Report on vaccination in the Province of Bengal - 1869-1873
Year: 1869
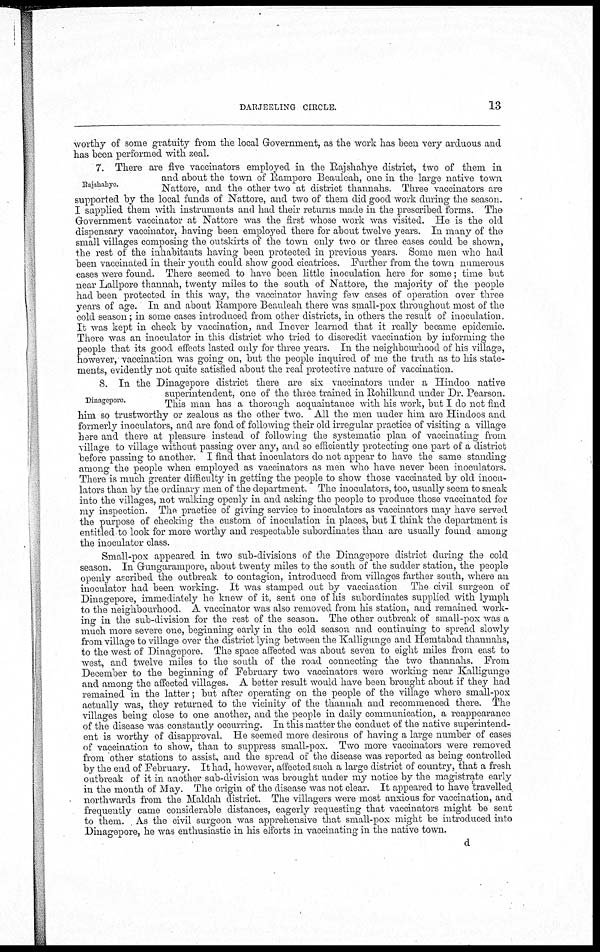
DARJEELING CIRCLE.
13
worthy of some gratuity from the local Government, as the work has been very arduous and
has been performed with zeal.
Rajshahye.
7. There are five vaccinators employed in the Rajshahye district, two of them in
and about the town of Rampore Beauleah, one in the large native town
Nattore, and the other two at district thannahs. Three vaccinators are
supported by the local funds of Nattore, and two of them did good work during the season.
I supplied them with instruments and had their returns made in the prescribed forms. The
Government vaccinator at Nattore was the first whose work was visited. He is the old
dispensary vaccinator, having been employed there for about twelve years. In many of the
small villages composing the outskirts of the town only two or three cases could be shown,
the rest of the inhabitants having been protected in previous years. Some men who had
been vaccinated in their youth could show good cicatrices. Further from the town numerous
cases were found. There seemed to have been little inoculation here for some; time but
near Lallpore thannah, twenty miles to the south of Nattore, the majority of the people
had been protected in this way, the vaccinator having few cases of operation over three
years of age. In and about Rampore Beauleah there was small-pox throughout most of the
cold season; in some cases introduced from other districts, in others the result of inoculation.
It was kept in check by vaccination, and Inever learned that it really became epidemic.
There was an inoculator in this district who tried to discredit vaccination by informing the
people that its good effects lasted only for three years. In the neighbourhood of his village,
however, vaccination was going on, but the people inquired of me the truth as to his state-
ments, evidently not quite satisfied about the real protective nature of vaccination.
Dinagepore.
8. In the Dinagepore district there are six vaccinators under a Hindoo native
superintendent, one of the three trained in Rohilkund under Dr. Pearson.
This man has a thorough acquaintance with his work, but I do not find
him so trustworthy or zealous as the other two. All the men under him are Hindoos and
formerly inoculators, and are fond of following their old irregular practice of visiting a village
here and there at pleasure instead of following the systematic plan of vaccinating from
village to village without passing over any, and so efficiently protecting one part of a district
before passing to another. I find that inoculators do not appear to have the same standing
among the people when employed as vaccinators as men who have never been inoculators.
There is much greater difficulty in getting the people to show those vaccinated by old inocu-
lators than by the ordinary men of the department. The inoculators, too, usually seem to sneak
into the villages, not walking openly in and asking the people to produce those vaccinated for
my inspection. The practice of giving service to inoculators as vaccinators may have served
the purpose of checking the custom of inoculation in places, but I think the department is
entitled to look for more worthy and respectable subordinates than are usually found among
the inoculator class.
Small-pox appeared in two sub-divisions of the Dinagepore district during the cold
season. In Gungarampore, about twenty miles to the south of the sudder station, the people
openly ascribed the outbreak to contagion, introduced from villages farther south, where an
inoculator had been working. It was stamped out by vaccination The civil surgeon of
Dinagepore, immediately he knew of it, sent one of his subordinates supplied with lymph
to the neighbourhood. A vaccinator was also removed from his station, and remained work-
ing in the sub-division for the rest of the season. The other outbreak of small-pox was a
much more severe one, beginning early in the cold season and continuing to spread slowly
from village to village over the district lying between the Kalligunge and Hemtabad thannahs,
to the west of Dinagepore. The space affected was about seven to eight miles from east to
west, and twelve miles to the south of the road connecting the two thannahs. From
December to the beginning of February two vaccinators were working near Kalligunge
and among the affected villages. A better result would have been brought about if they had
remained in the latter; but after operating on the people of the village where small-pox
actually was, they returned to the vicinity of the thannah and recommenced there. The
villages being close to one another, and the people in daily communication, a reappearance
of the disease was constantly occurring. In this matter the conduct of the native superintend-
ent is worthy of disapproval. He seemed more desirous of having a large number of cases
of vaccination to show, than to suppress small-pox. Two more vaccinators were removed
from other stations to assist, and the spread of the disease was reported as being controlled
by the end of February. It had, however, affected such a large district of country, that a fresh
outbreak of it in another sub-division was brought under my notice by the magistrate early
in the month of May. The origin of the disease was not clear. It appeared to have travelled
northwards from the Maldah district. The villagers were most anxious for vaccination, and
frequently came considerable distances, eagerly requesting that vaccinators might be sent
to them. As the civil surgeon was apprehensive that small-pox might be introduced into
Dinagepore, he was enthusiastic in his efforts in vaccinating in the native town.
d